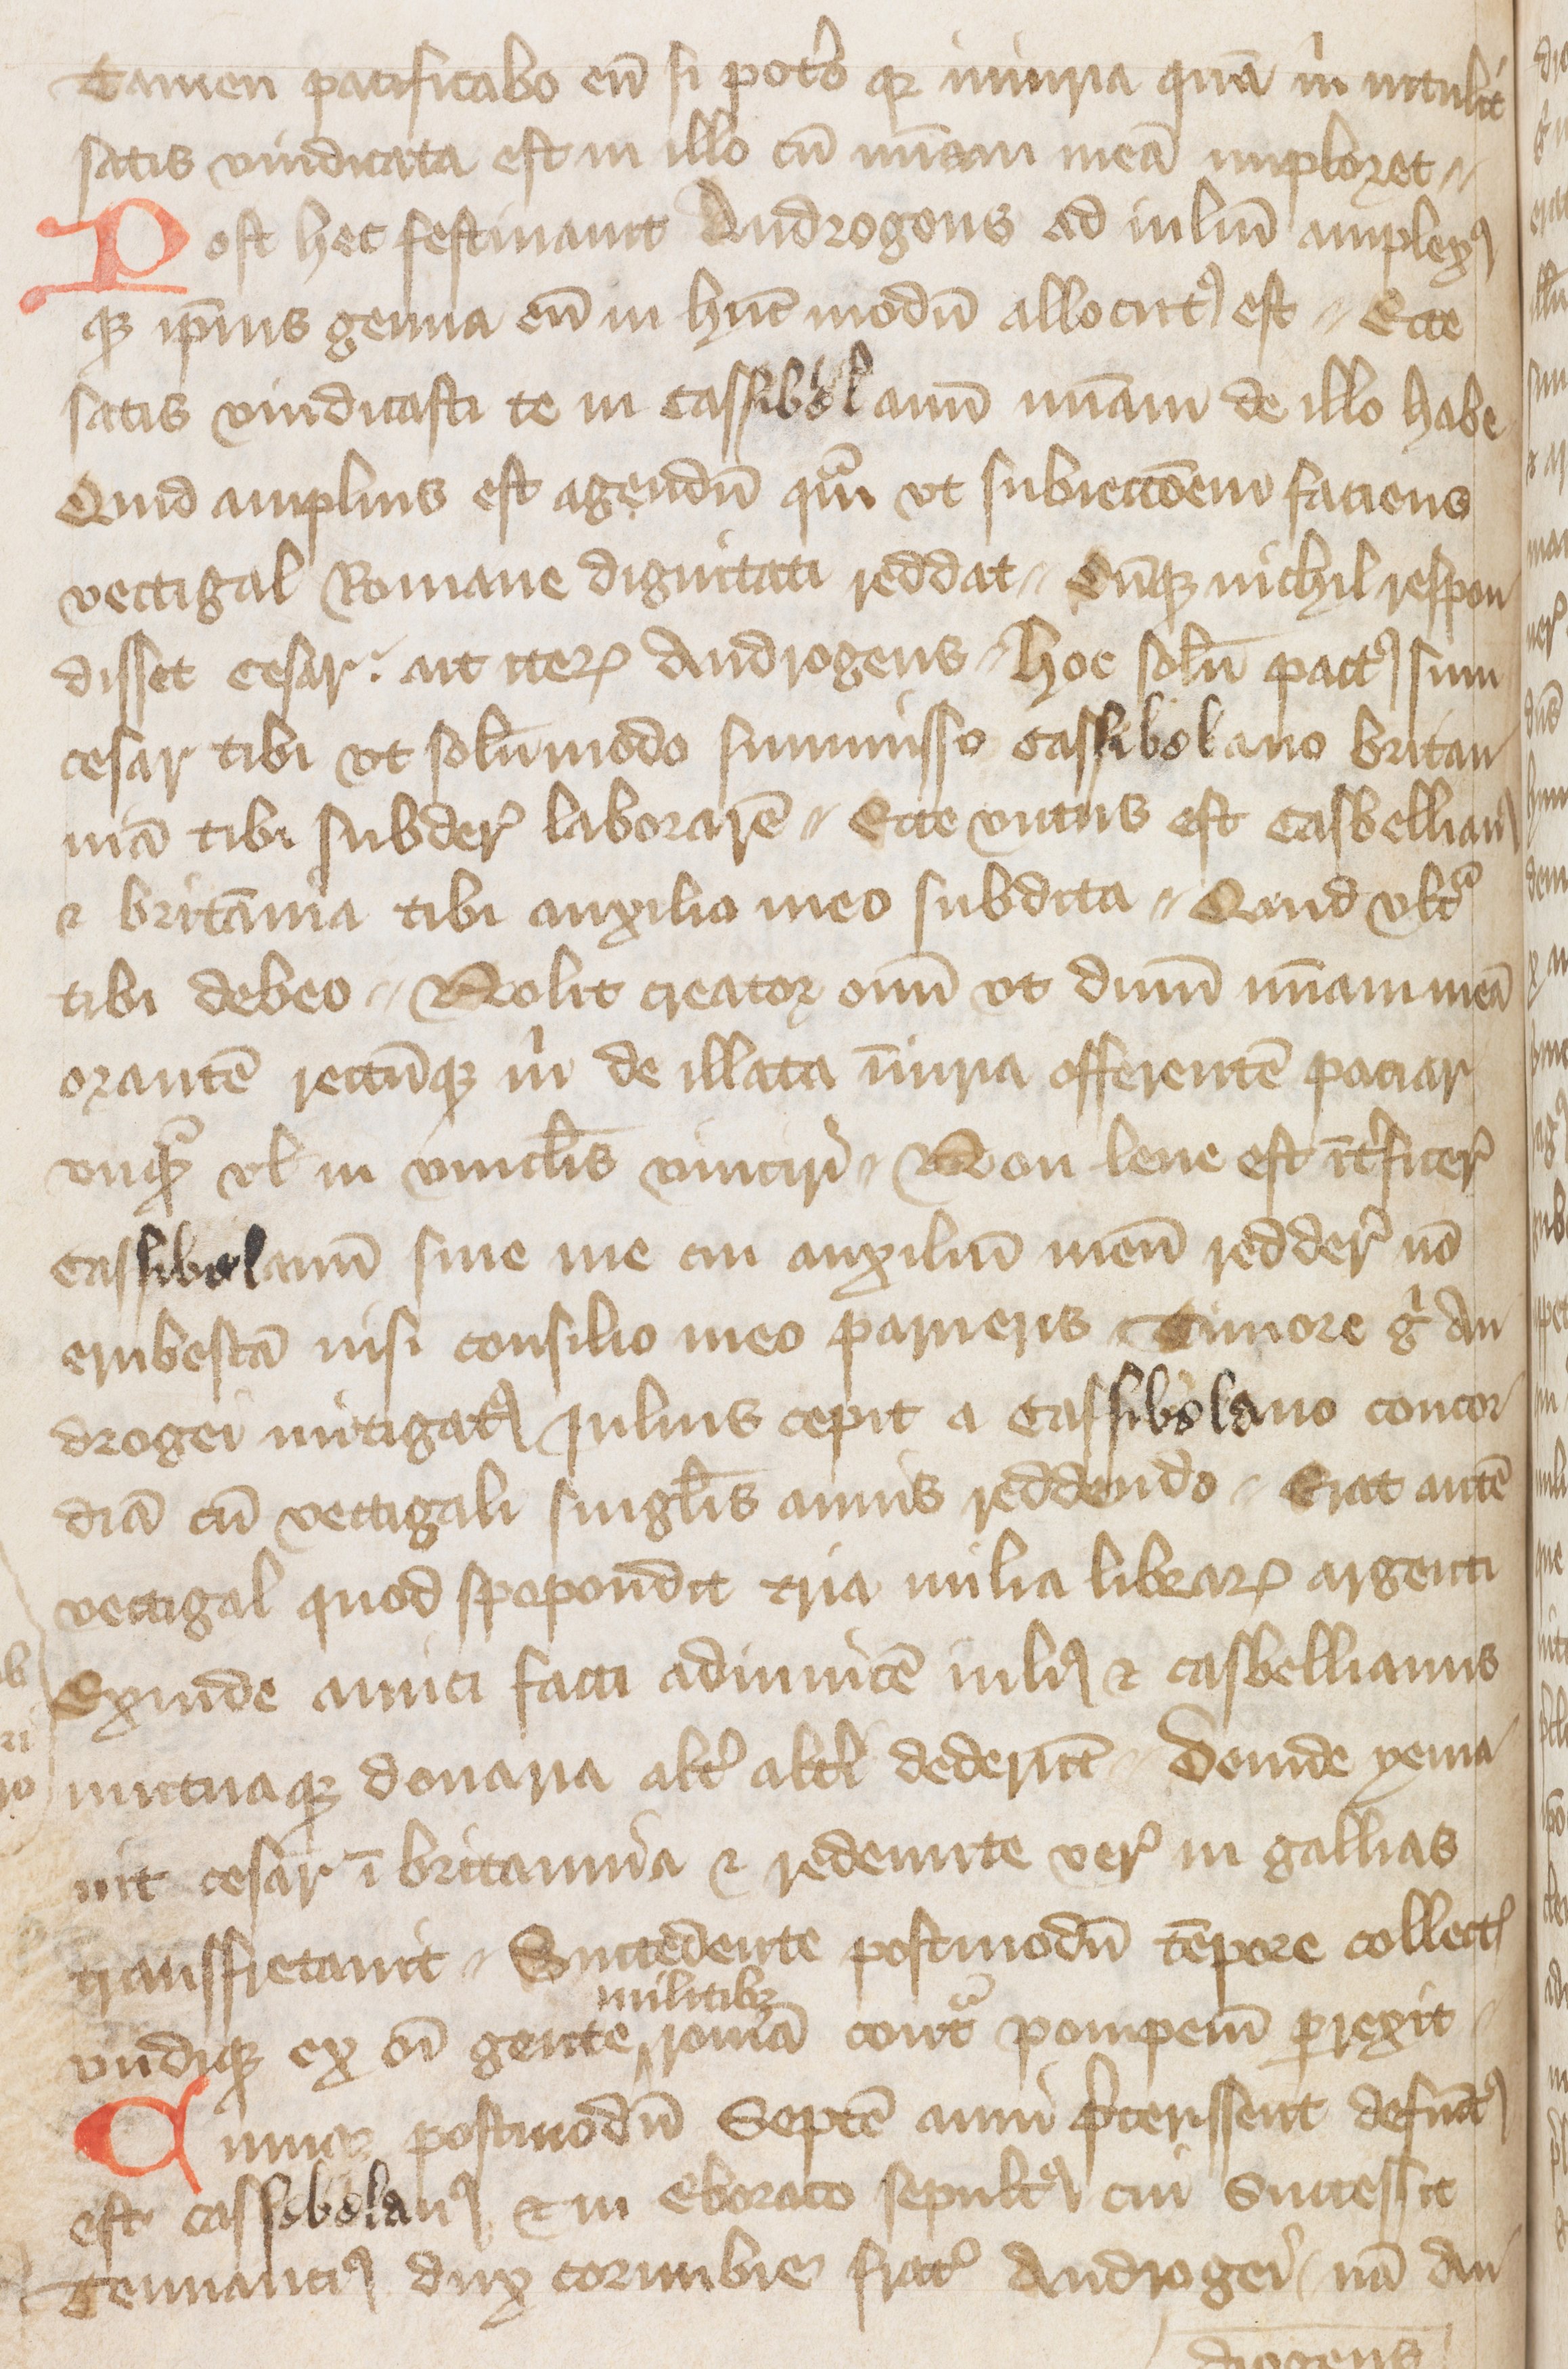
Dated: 1400–1499